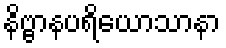
နိဗ္ဗာနပရိယောသာနာ